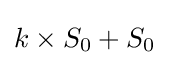
k\times S_{0}+S_{0}